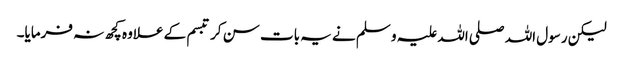
لیکن رسول اللہ صلی اللہ علیہ و سلم نے یہ بات سن کر تبسم کے علاوہ کچھ نہ فرمایا۔